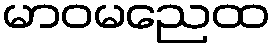
မာဝမညေထ